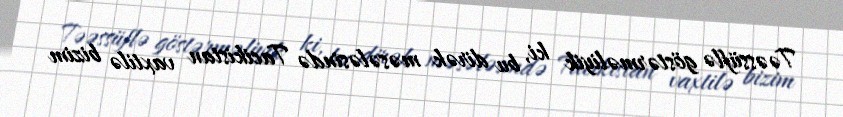
Təəssüflə göstərməliyik ki, bu dirək məsələsində Tacikistan vaxtilə bizim